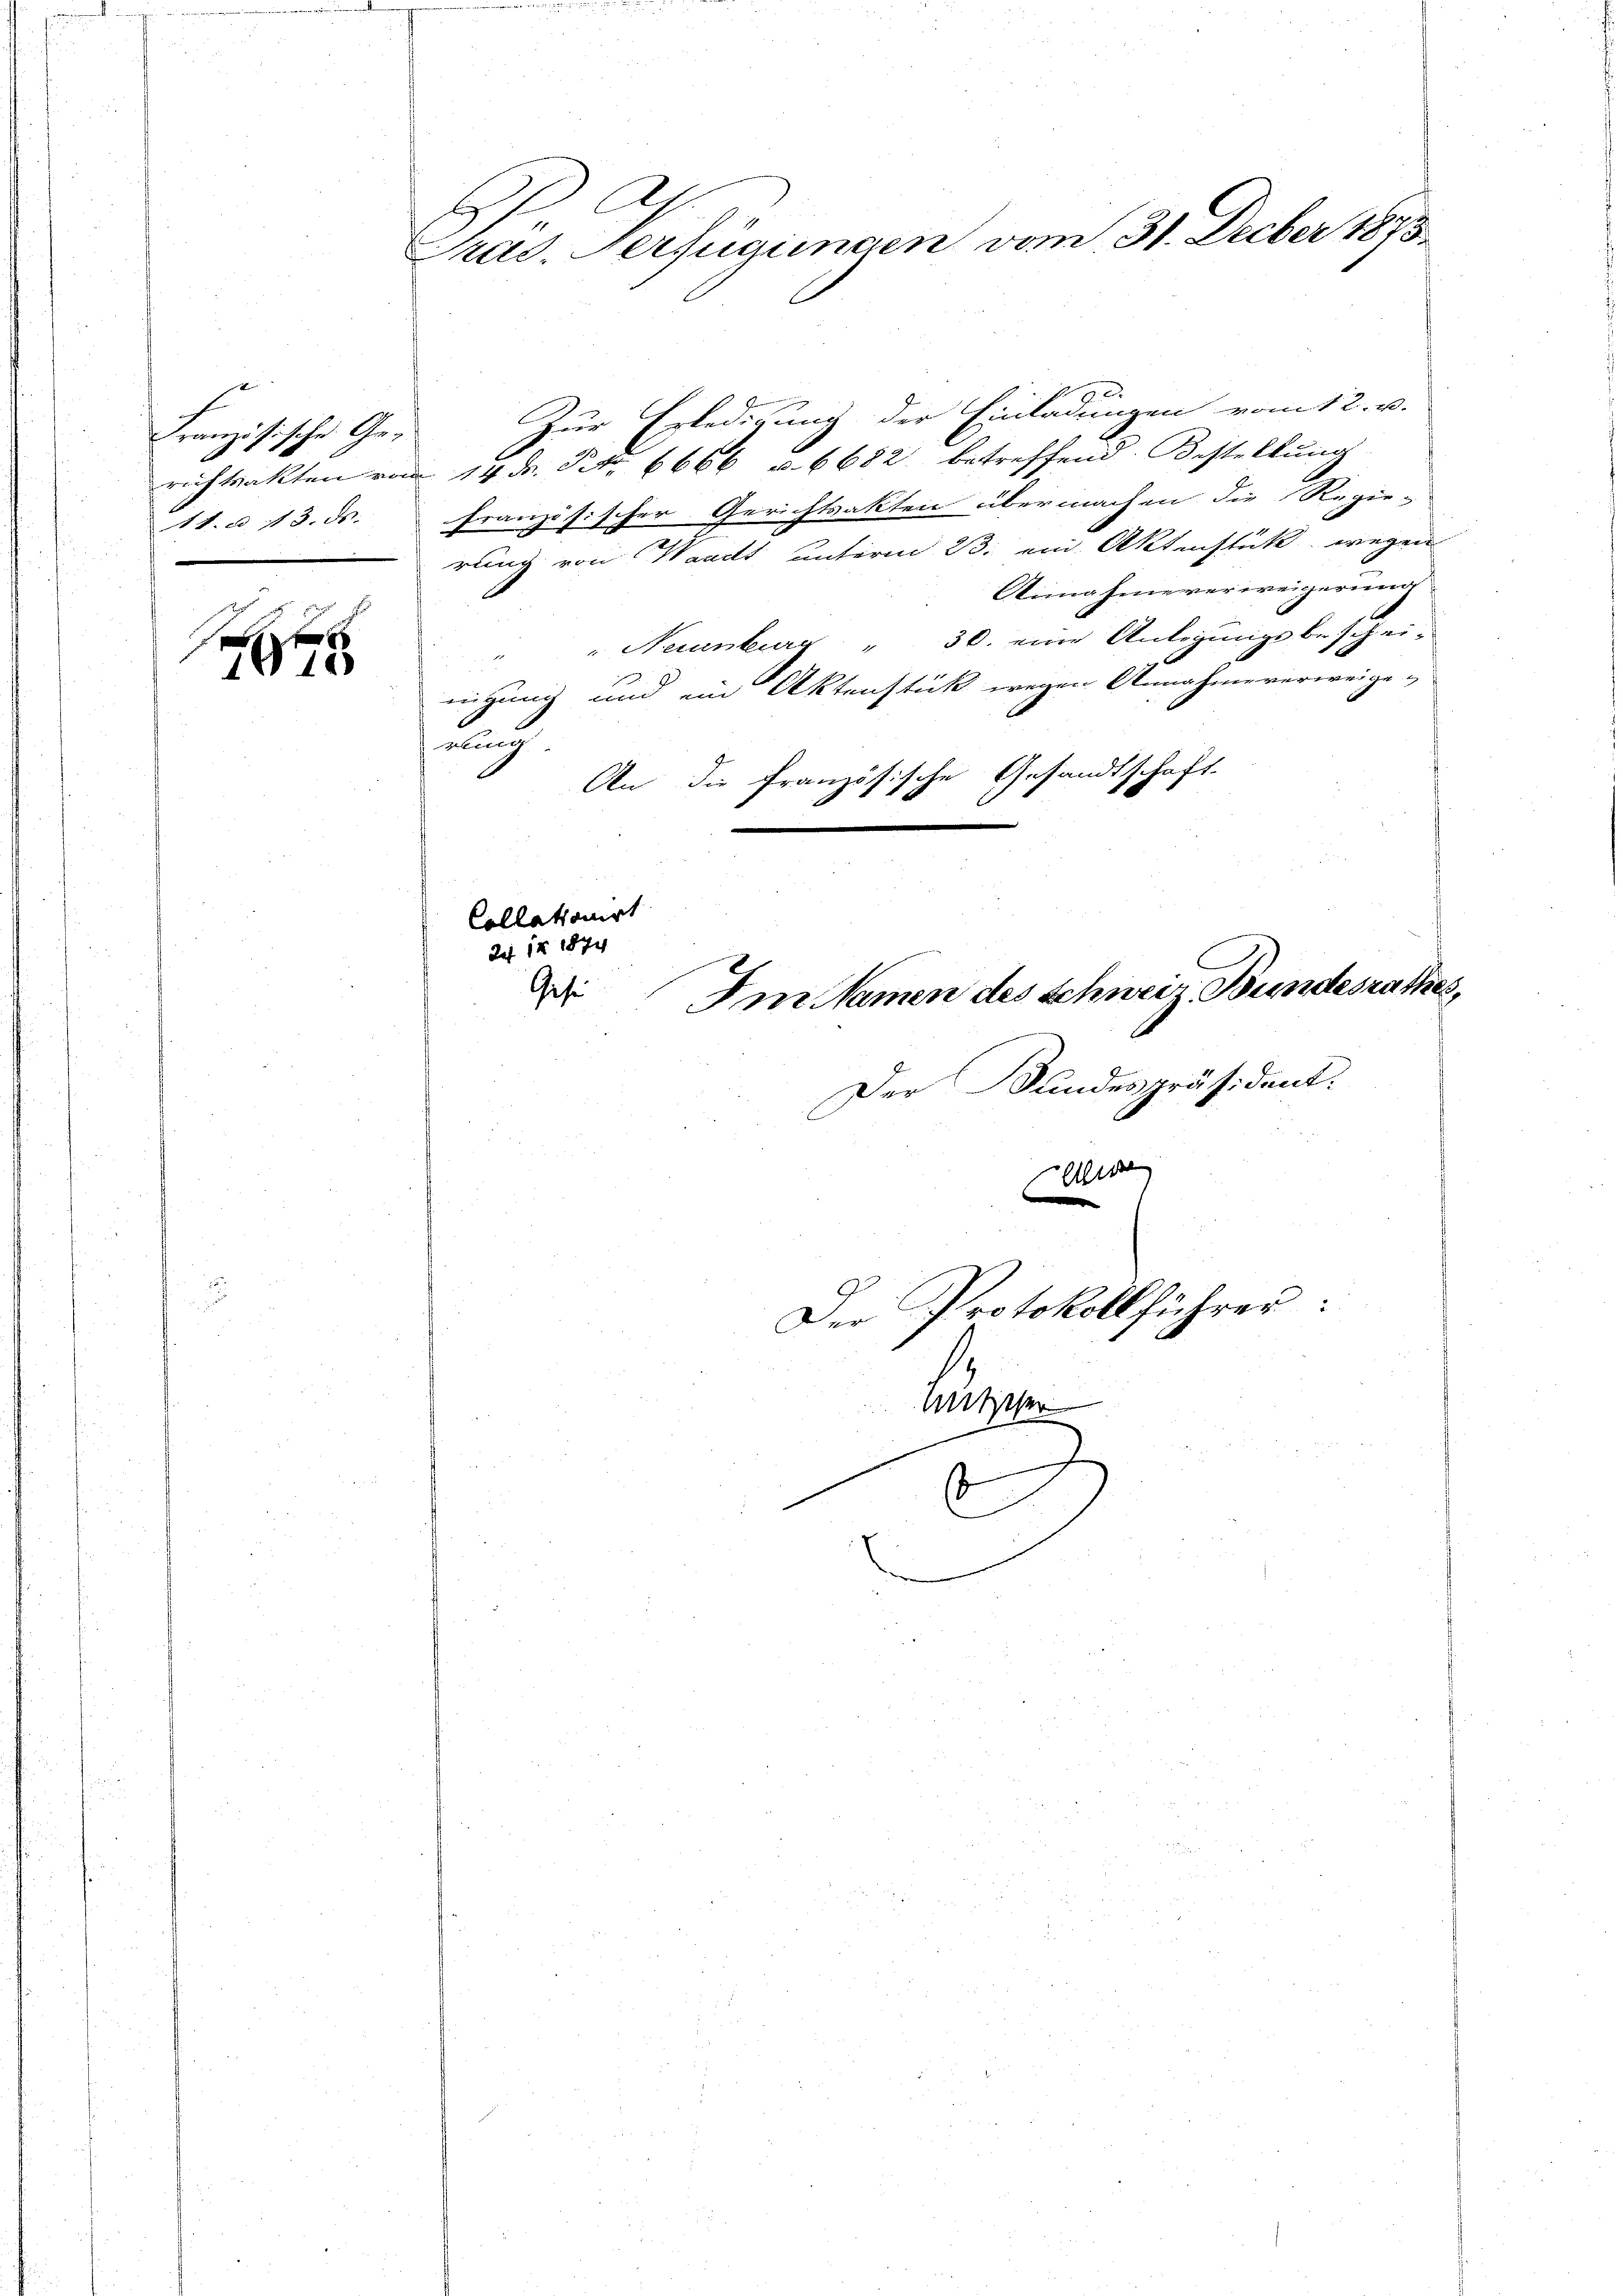
Französische Gee
14. d. 13. ds.

7010

A
Prad. Verfügungen vom 31. Decber 1873.

a
Zur Erledigung der Einladungen vom 12. u.
richtsakten von 14 Fr. No. 6666 u. 6682 betreffend Bestellung
französischer Gerichtsakten übermachen die Regie-
rung von Waadt unterm 23. ein Aktenstück wegen
Annahme verweigerung
" Neuenburg " 30. eine Anlegungsbeschei-
nigung und ein Aktenstück wegen Annahme verweige-
auch
An die französische Gesandtschaft.
.

Collationirt
2 12 1874
Gese
Im Namen des Schweiz. Bundesrathes,

e
Der Protokollführer:
Mither
e

Der Kundespräsident: